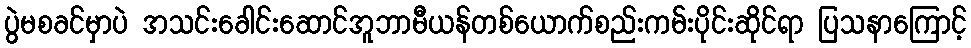
ပွဲမစခင်မှာပဲ အသင်းခေါင်းဆောင်အူဘာမီယန်တစ်ယောက်စည်းကမ်းပိုင်းဆိုင်ရာ ပြသနာကြောင့်